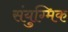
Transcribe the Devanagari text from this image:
संयुग्मिक